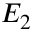
E _ { 2 }